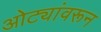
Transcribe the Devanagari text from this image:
ओट्यांवरून